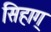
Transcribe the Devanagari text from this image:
सिहाग्